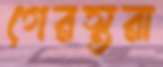
গেরস্তরা